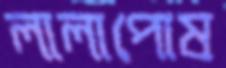
লালাপোষ